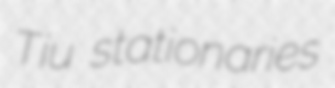
Tiu stationaries